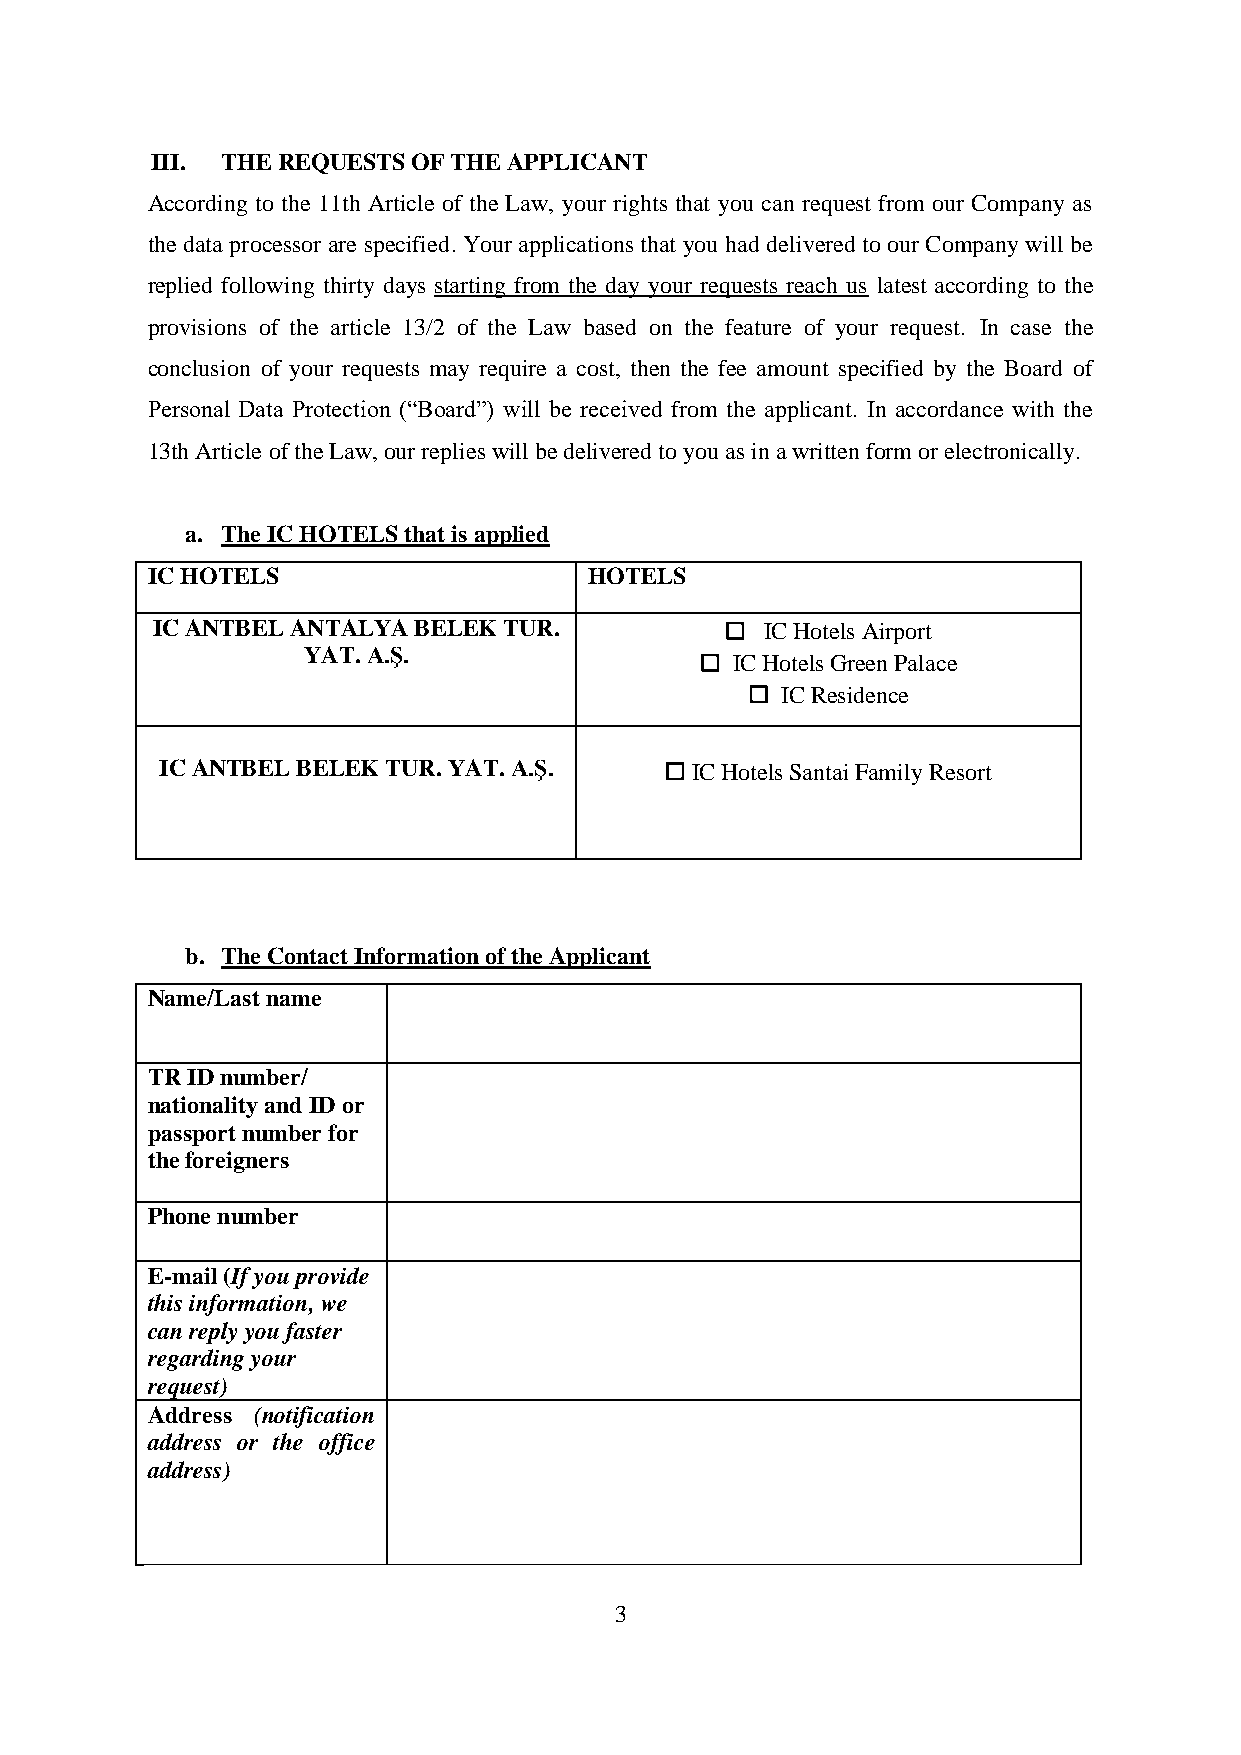
III. THE REQUESTS OF THE APPLICANT
 According to the 11th Article of the Law, your rights that you can request from our Company as
 the data processor are specified. Your applications that you had delivered to our Company will be
 replied following thirty days starting from the day your requests reach us latest according to the
 provisions of the article 13/2 of the Law based on the feature of your request. In case the
 conclusion of your requests may require a cost, then the fee amount specified by the Board of
 Personal Data Protection (“Board”) will be received from the applicant. In accordance with the
 13th Article of the Law, our replies will be delivered to you as in a written form or electronically.
 a. The IC HOTELS that is applied
 IC HOTELS                    HOTELS
 IC ANTBEL ANTALYA BELEK TUR.          ☐  IC Hotels Airport
 YAT. A.Ş.
 ☐ IC Hotels Green Palace
 ☐ IC Residence
 IC ANTBEL BELEK TUR. YAT. A.Ş.   ☐ IC Hotels Santai Family Resort
 b. The Contact Information of the Applicant
 Name/Last name
 TR ID number/
 nationality and ID or
 passport number for
 the foreigners
 Phone number
 E-mail (If you provide
 this information, we
 can reply you faster
 regarding your
 request)
 Address (notification
 address or the office
 address)
 3